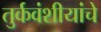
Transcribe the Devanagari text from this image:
तुर्कवंशीयांचे